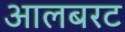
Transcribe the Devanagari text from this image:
आलबरट